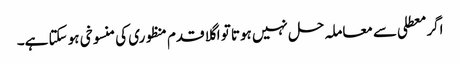
اگر معطلی سے معاملہ حل نہیں ہوتا تو اگلا قدم منظوری کی منسوخی ہو سکتا ہے۔